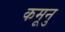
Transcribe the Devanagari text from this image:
कमूनु